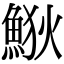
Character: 𩷎